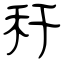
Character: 秆